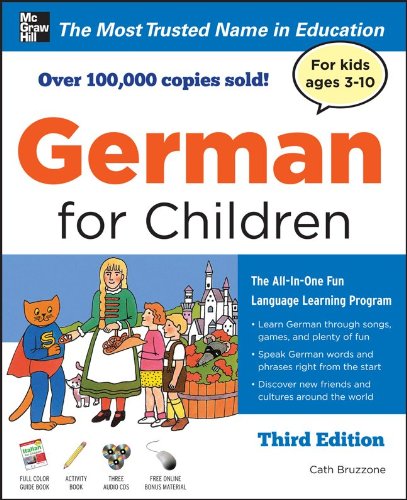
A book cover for German for Children with Two Audio CDs, Third Edition; Catherine Bruzzone; Travel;